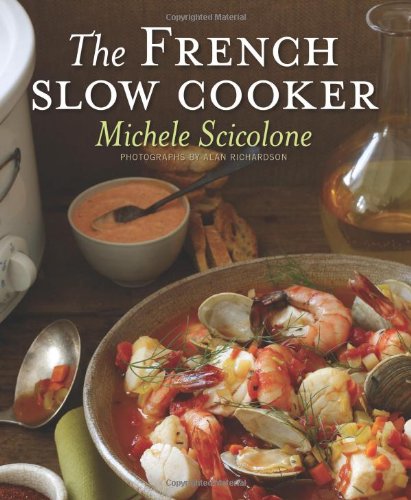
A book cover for The French Slow Cooker; Michele Scicolone; Cookbooks, Food & Wine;